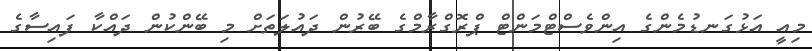
މިއީ އަޅުގަނޑުމެންގެ އިންވެސްޓްމަންޓް ޕްރޮގްރާމްގެ ބޭރުން ދައުލަތަށް މި ބޭންކުން ދައްކާ ފައިސާގެ